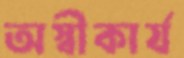
অস্বীকার্য